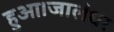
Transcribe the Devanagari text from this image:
हुआ।जालंधर